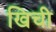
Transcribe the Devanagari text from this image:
खिची